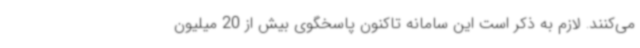
می‌کنند. لازم به ذکر است این سامانه تاکنون پاسخگوی بیش از 20 میلیون